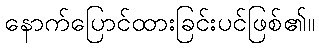
နောက်ပြောင်ထားခြင်းပင်ဖြစ်၏။